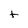
Character: t